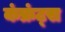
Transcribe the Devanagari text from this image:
कंफ्रंट्स